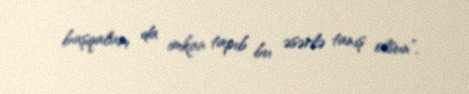
başqaları da imkan tapıb bu əsərlə tanış olsun”.